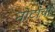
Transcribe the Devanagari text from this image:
नोटांची